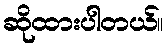
ဆိုထားပါတယ်။